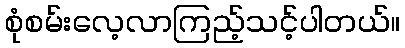
စုံစမ်းလေ့လာကြည့်သင့်ပါတယ်။